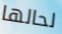
لحالها